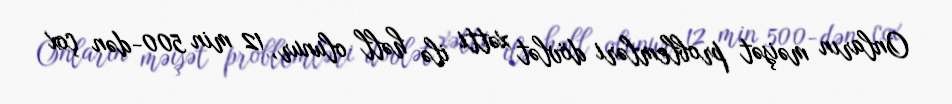
Onların məişət problemləri dövlət xətti ilə həll olunur, 12 min 500-dən çox